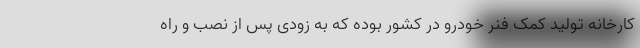
کارخانه تولید کمک فنر خودرو در کشور بوده که به زودی پس از نصب و راه